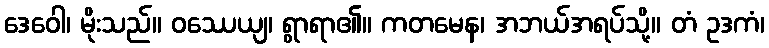
ဒေဝေါ၊ မိုးသည်။ ဝဿေယျ၊ ရွာရာ၏။ ကတမေန၊ အဘယ်အရပ်သို့။ တံ ဥဒကံ၊